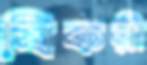
যিকরী